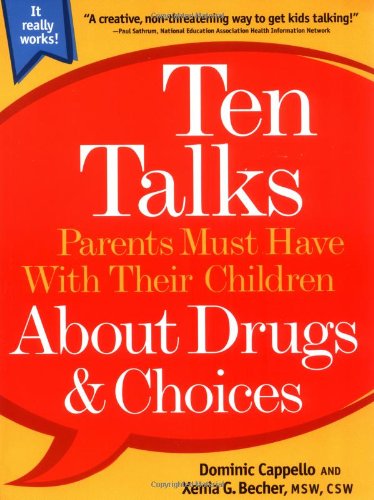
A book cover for Ten Talks Parents Must Have Their Children About Drugs & Choices (Ten Talks Series); Dominic Cappello; Teen & Young Adult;